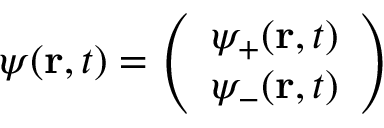
\psi ( \mathbf { r } , t ) = { \left( \begin{array} { l } { \psi _ { + } ( \mathbf { r } , t ) } \\ { \psi _ { - } ( \mathbf { r } , t ) } \end{array} \right) }